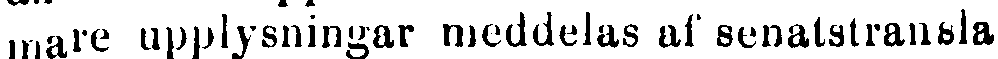
mare upplysningar meddelas af senatstransla.